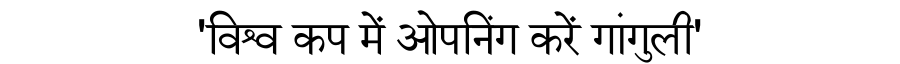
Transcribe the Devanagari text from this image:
'विश्व कप में ओपनिंग करें गांगुली'